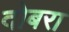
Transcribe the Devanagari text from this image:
दोबरा